King Institute of Preventive Medicine Micro-Biological Section reports 1912-19
Year: 1912
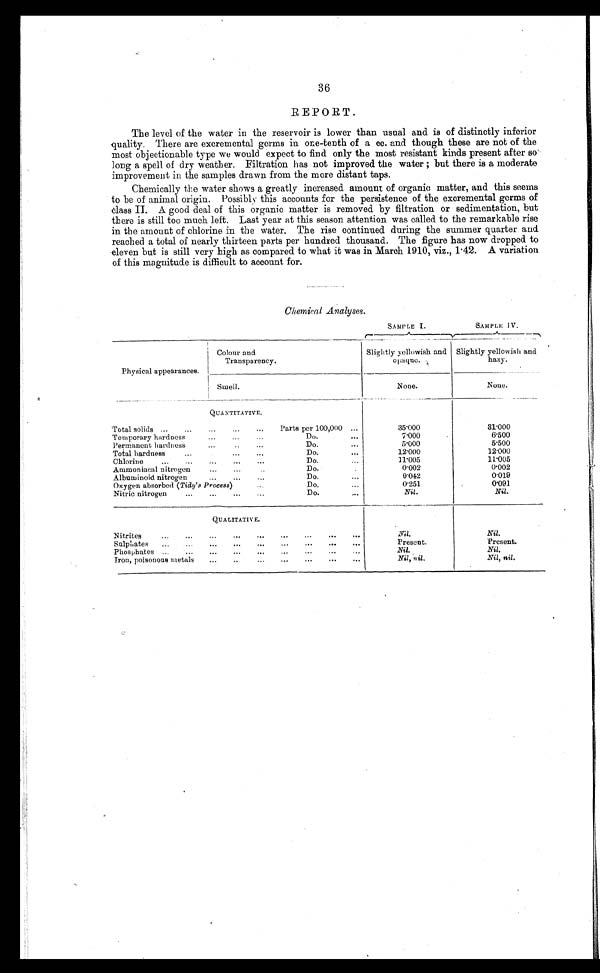
36
REPORT.
The level of the water in the reservoir is lower than usual and is of distinctly inferior
quality. There are excremental germs in one-tenth of a cc. and though these are not of the
most objectionable type we would expect to find only the most resistant kinds present after so
long a spell of dry weather. Filtration has not improved the water but there is a moderate
improvement in the samples drawn from the more distant taps.
Chemically the water shows a greatly increased amount of organic matter, and this seems
to be of animal origin. Possibly this accounts for the persistence of the excremental germs of
class II. A good deal of this organic matter is removed by filtration or sedimentation, but
there is still too much left. Last year at this season attention was called to the remarkable rise
in the amount of chlorine in the water. The rise continued during the summer quarter and
reached a total of nearly thirteen parts per hundred thousand. The figure has now dropped to
eleven but is still very high as compared to what it was in March 1910, viz., 1.42. A variation
of this magnitude is difficult to account for.
Chemical Analyses.
SAMPLE I
SAMPLE. IV.
Physical appearances.
Colour and
Transparency.
Slightly yellowish and
opaque
Slightly yellowish and
hazy.
Smell.
None.
None.
QUANTITATIVE.
Total solids ...
...
...
...
...
Parts per 100,000 ...
35.000
31.000
Temporary hardness
...
...
Do.
. . .
7.000
6.500
Permanent hardness
...
Do.
...
5.000
5.500
Total hardness
...
...
Do.
...
12.000
12.000
Chlorine
...
...
...
...
...
Do.
11.005
11.005
Ammoniacal nitrogen
...
Do.
. . .
0.002
0.002
Albuminoid nitrogen
...
...
...
Do.
...
0.042
0.019
Oxygen absorbed ( Tidy's Process)
Do.
...
0.251
0.091
Nitric nitrogen
...
...
...
...
Do.
...
Nil.
Nil.
QUALITATIVE.
Ni trites
...
...
...
...
...
...
...
...
...
Nil .
Nil.
Sulphates
...
...
...
...
...
...
...
...
...
Present.
Present.
Phosphates
...
...
...
...
...
Nil.
Nil.
Iron, poisonous metals
...
..
...
...
...
...
...
Nil, nil.
Nil, nil.